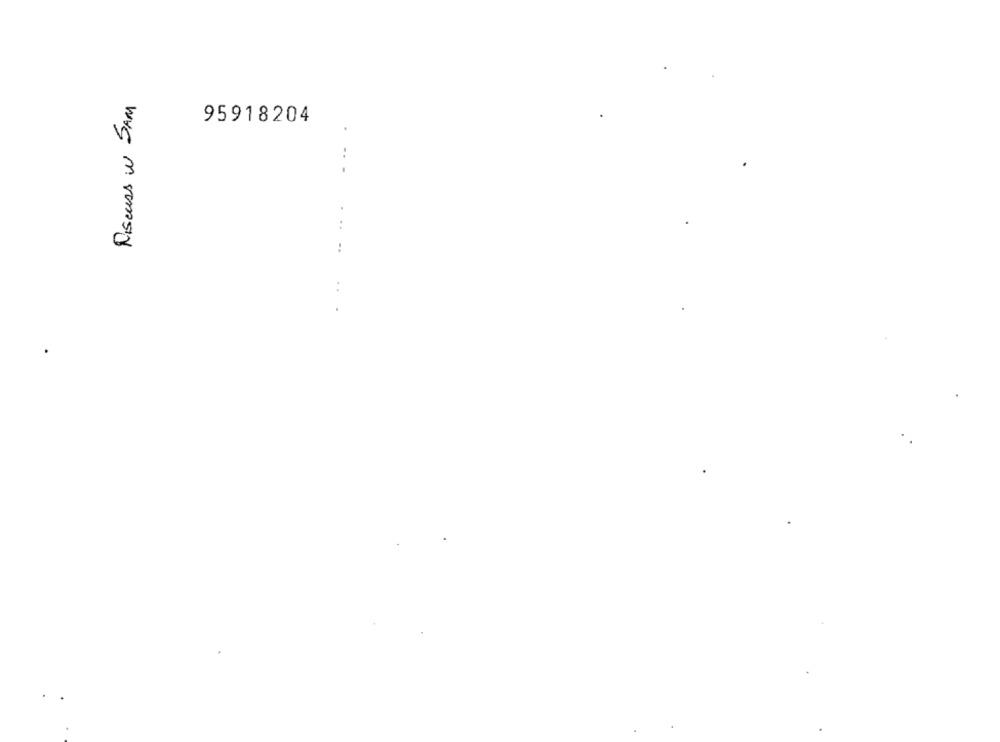
Discuss w SAM
95918204
..
. .